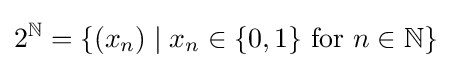
2^{\mathbb {N} }=\{(x_{n})\mid x_{n}\in \{0,1\}{\text{ for }}n\in \mathbb {N} \}